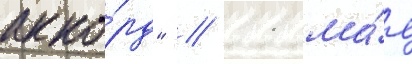
акко́рд" / 11 ма́я